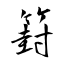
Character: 篈